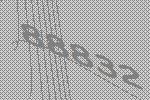
88832